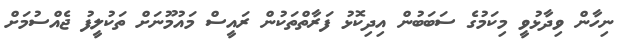
ނިހާން ވިދާޅުވީ މިކަމުގެ ސަބަބުން އިދިކޮޅު ފަރާތްތަކުން ރައީސް މައުމޫނަށް ތަކުލީފު ޖެއްސުމަށް